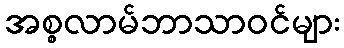
အစ္စလာမ်ဘာသာဝင်များ